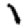
Digit: 1